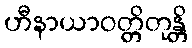
ဟီနာယာဝတ္တိတုန္တိ